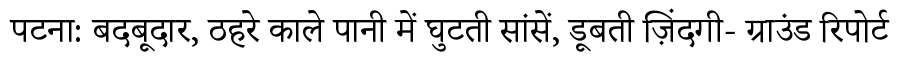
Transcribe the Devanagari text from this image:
पटना: बदबूदार, ठहरे काले पानी में घुटती सांसें, डूबती ज़िंदगी- ग्राउंड रिपोर्ट